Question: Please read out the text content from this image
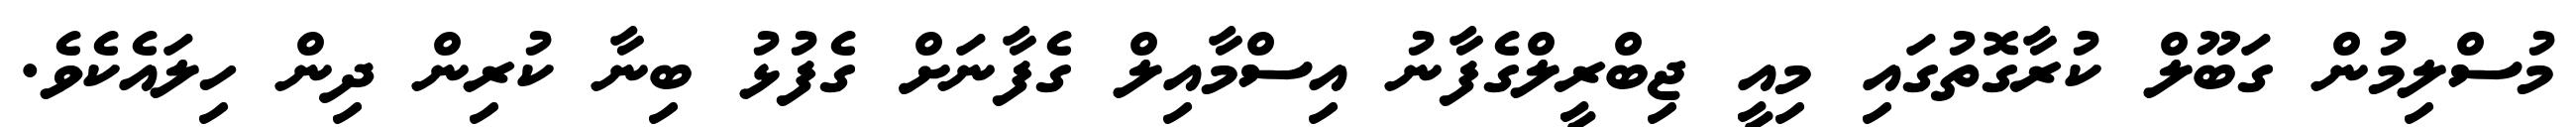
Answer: މުސްލިމުން ގަބޫލް ކުރާގޮތުގައި މިއީ ޖިބްރީލްގެފާނު އިސްމާއިލް ގެފާނަށް ގެފުޅު ބިނާ ކުރިން ދިން ހިލައެކެވެ.